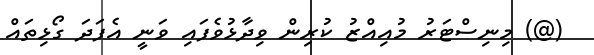
(@) މިނިސްޓަރު މުއިއްޒު ކުރިން ވިދާޅުވެފައި ވަނީ އެފަދަ ގޯޅިތައް